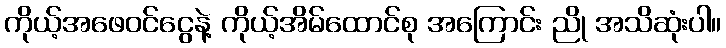
ကိုယ့်အဖေဝင်ငွေနဲ့ ကိုယ့်အိမ်ထောင်စု အကြောင်း ညို အသိဆုံးပါ။